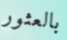
بالعثور